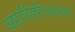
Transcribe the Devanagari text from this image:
अष्टाविंशोऽध्यायः